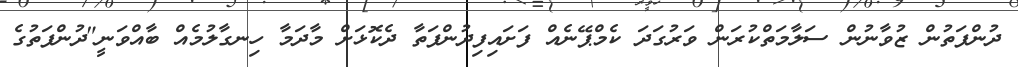
ދުންފަތުން ޒުވާނުން ސަލާމަތްކުރަން ވަރުގަދަ ކެމްޕޭނެއް ފަށައިފިދުންފަތާ ދެކޮޅަށް މާދަމާ ހިނގާލުމެއް ބާއްވަނީ"ދުންފަތުގެ